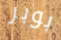
بوبر